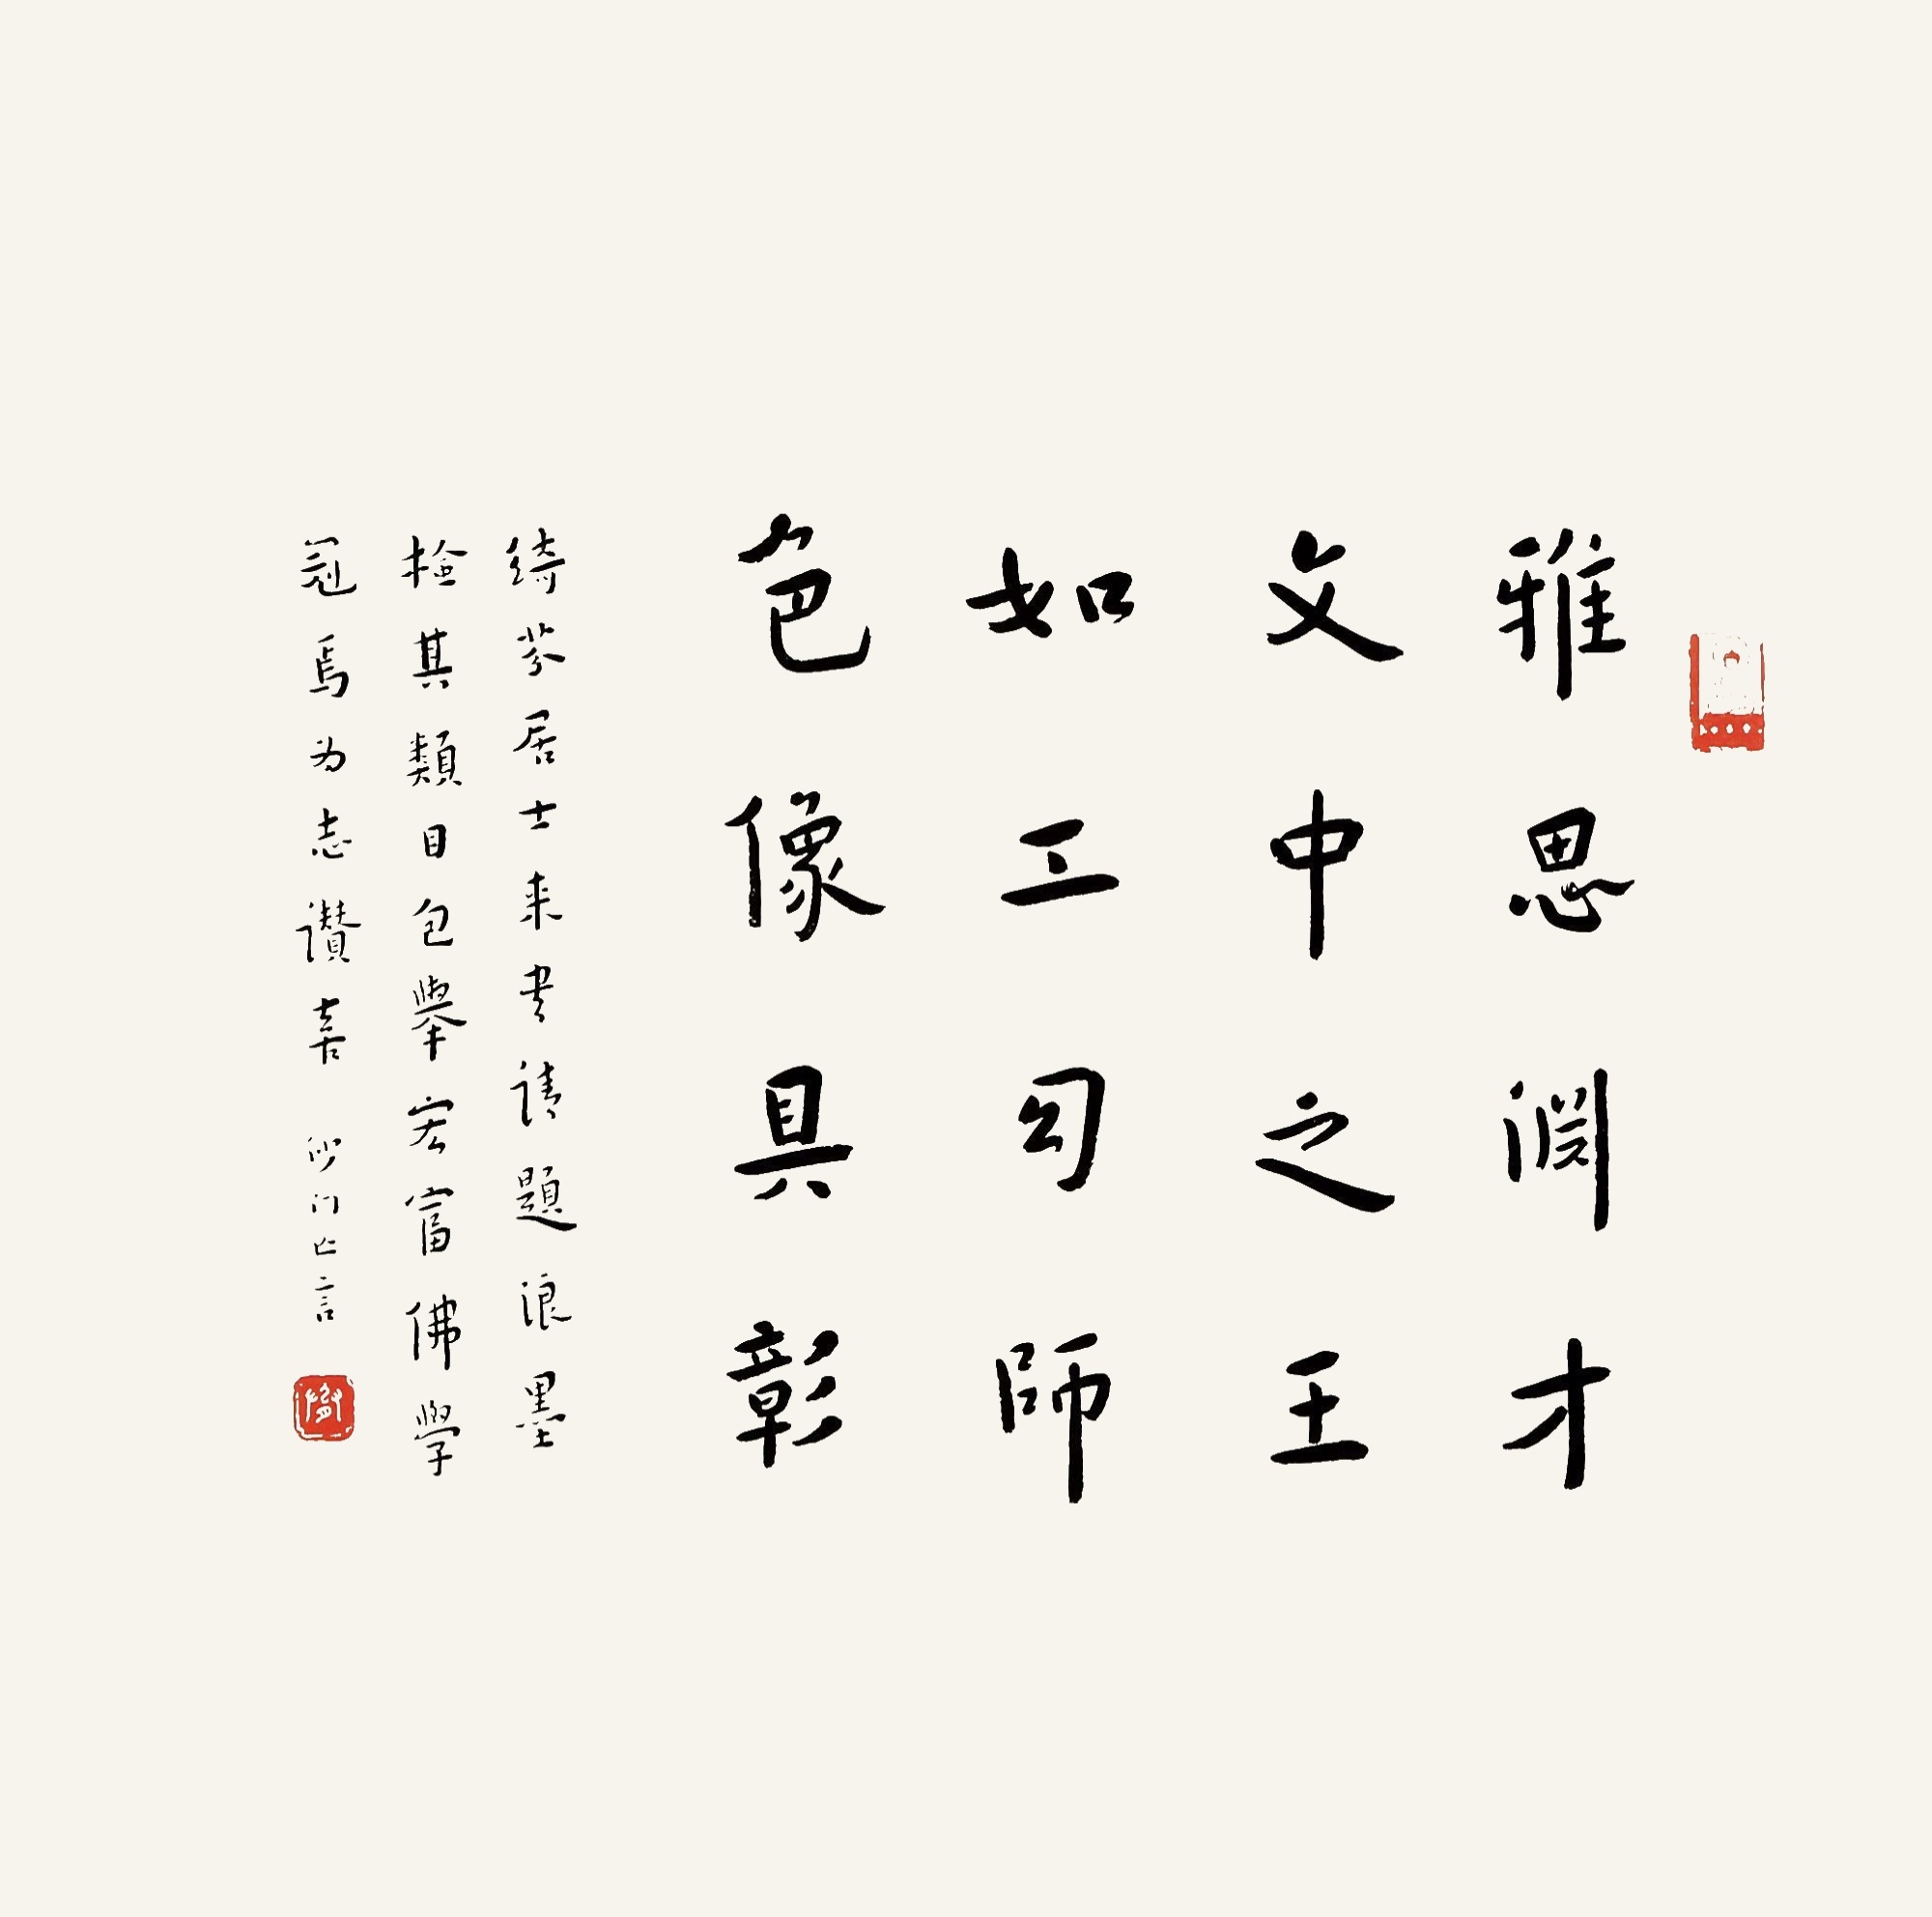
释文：雅思渊才，文中之王，如工幻师，色像具彰。绮芬居士来书请题浪墨，检其类目，包举宏富，佛学冠焉，为志讃喜，沙门亡言。